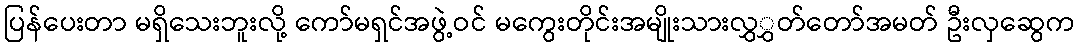
ပြန်ပေးတာ မရှိသေးဘူးလို့ ကော်မရှင်အဖွဲ့ဝင် မကွေးတိုင်းအမျိုးသားလွှွှတ်တော်အမတ် ဦးလှဆွေက